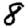
Digit: 8